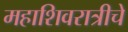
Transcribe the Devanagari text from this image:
महाशिवरात्रीचे